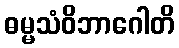
ဓမ္မသံဝိဘာဂေါတိ